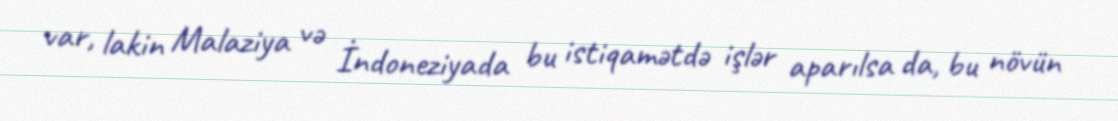
var, lakin Malaziya və İndoneziyada bu istiqamətdə işlər aparılsa da, bu növün